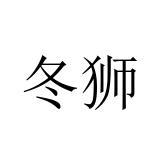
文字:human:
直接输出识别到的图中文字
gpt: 冬狮